system: You are a helpful assistant.
user:
Analyze the provided spectrum to determine if it is a **Carbon Star (C-type)**.

- **Key Visual Indicators of Carbon Star:**
    - **(Primary):** Strong molecular absorption from **C₂ (diatomic carbon) "Swan Bands."** This is the **defining feature** of a carbon star.
        - **(Key Bandheads):** Sharp absorption edges are visible at approximately $5635$ Å, $5165$ Å (the strongest band), and $4737$ Å.
        - **(Line Profile):** Creates a distinct **"saw-tooth"** pattern. The key morphology is a sharp, steep bandhead on the **red (long-wavelength) side**, which then gradually tapers off (i.e., flux recovers) towards the **blue (short-wavelength) side**. *(This is the direct opposite of the TiO bands seen in M-type stars)*.

    - **(Secondary):** Intense **CN (cyanogen)** molecular absorption bands.
        - **(Key Bandheads):** Located in the blue and violet regions of the spectrum (e.g., near $4215$ Å and $3883$ Å).
        - **(Morphology):** These bands are extremely broad and act as a "blanket," absorbing the vast majority of blue and violet light. This creates a characteristic **"cliff"** or **"steep drop-off"** in the spectrum's flux at short wavelengths.

    - **(Key Confirmation):** Strong **CH absorption band (G-band)**.
        - **(Key Bandhead):** Located around $4300$ Å. The contribution from CH molecules to this band is exceptionally strong.

    - **(Overall Spectrum):**
        - The continuum is severely "chopped up" by these deep molecular bands, especially C₂, rather than appearing as a smooth curve.
        - Due to the heavy CN and C₂ absorption in the blue-green, the vast majority of the star's flux is concentrated in the red part of the spectrum, giving the star its characteristic deep red color.

Think first, call **spectral_visualization_tool** if needed to examine features in detail, then provide your final answer. Your response must adhere to the following strict rules:
1.  **Overall Structure:** Your response must follow the format `<think>...</think> <tool_call>...</tool_call> (if a tool is used) <answer>...</answer>`.
2.  **Tool Usage Constraint:** You may only make **one** tool call per turn.
3.  **Final Answer Format:** In the `<answer>` tag, your conclusion must be inside a `\boxed{}` command (e.g., `\boxed{YES}`), followed by your justification.

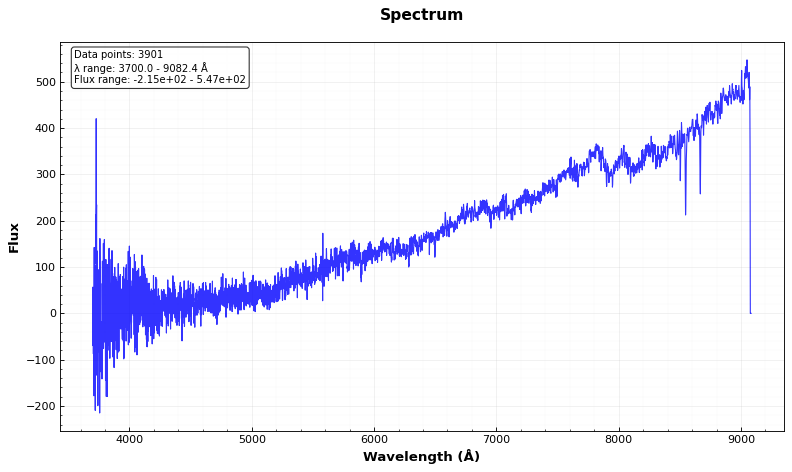
Answer: YES